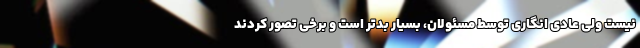
نیست ولی عادی انگاری توسط مسئولان، بسیار بدتر است و برخی تصور کردند